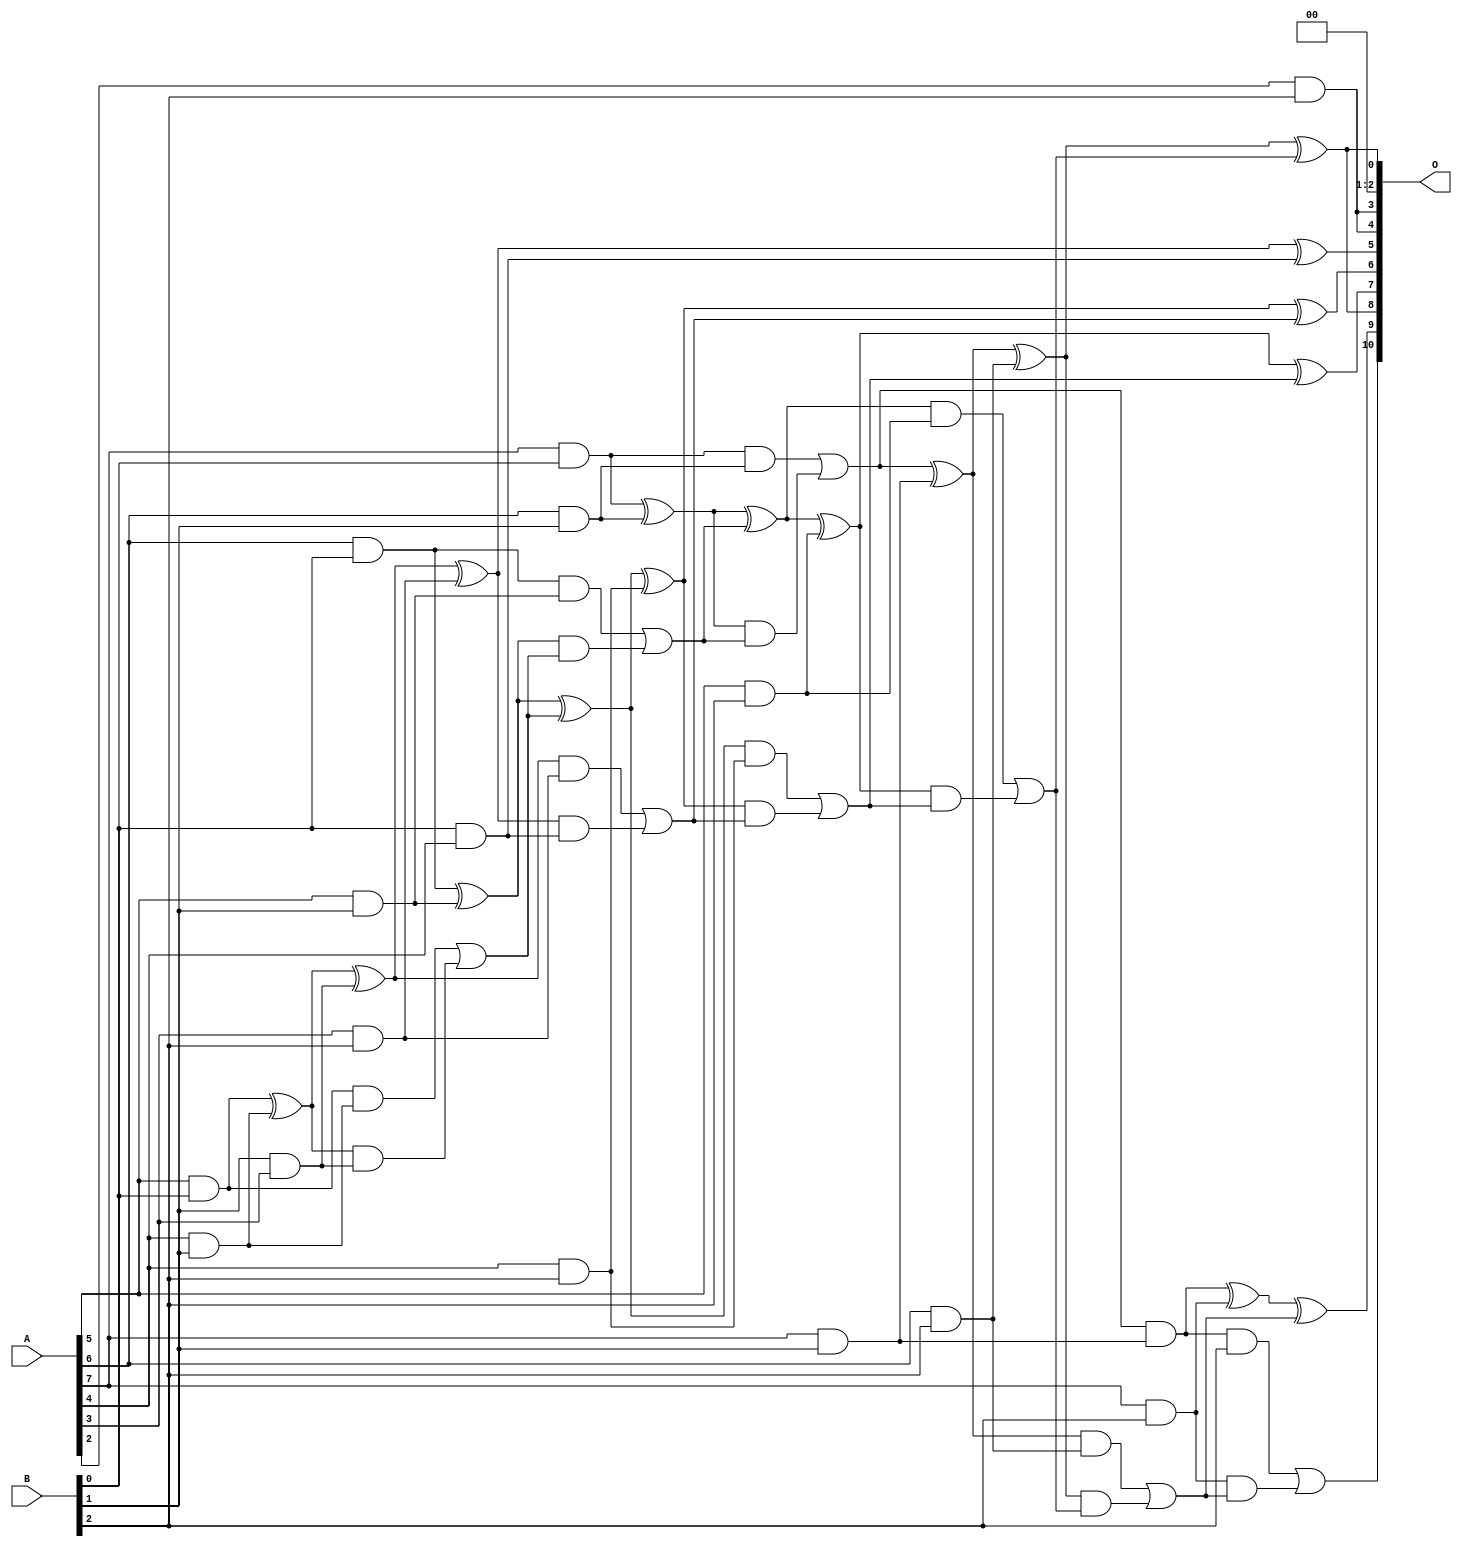
// This program was cloned from: https://github.com/ehw-fit/evoapproxlib
// License: MIT License

/***
* This code is a part of EvoApproxLib library (ehw.fit.vutbr.cz/approxlib) distributed under The MIT License.
* When used, please cite the following article(s): V. Mrazek, L. Sekanina, Z. Vasicek "Libraries of Approximate Circuits: Automated Design and Application in CNN Accelerators" IEEE Journal on Emerging and Selected Topics in Circuits and Systems, Vol 10, No 4, 2020 
* This file contains a circuit from a sub-set of pareto optimal circuits with respect to the pwr and mse parameters
***/
// MAE% = 0.35 %
// MAE = 7.2 
// WCE% = 1.22 %
// WCE = 25 
// WCRE% = 100.00 %
// EP% = 83.25 %
// MRE% = 6.40 %
// MSE = 90 
// PDK45_PWR = 0.048 mW
// PDK45_AREA = 120.1 um2
// PDK45_DELAY = 0.64 ns

module mul8x3u_1ZU (
    A,
    B,
    O
);

input [7:0] A;
input [2:0] B;
output [10:0] O;

wire sig_16,sig_17,sig_18,sig_23,sig_24,sig_25,sig_26,sig_38,sig_44,sig_45,sig_46,sig_47,sig_48,sig_49,sig_50,sig_51,sig_52,sig_53,sig_54,sig_55;
wire sig_56,sig_57,sig_58,sig_59,sig_60,sig_63,sig_64,sig_65,sig_66,sig_67,sig_68,sig_77,sig_81,sig_82,sig_83,sig_84,sig_85,sig_86,sig_87,sig_88;
wire sig_89,sig_90,sig_91,sig_92,sig_93,sig_94,sig_95,sig_96,sig_97,sig_98,sig_99,sig_100,sig_101,sig_102,sig_103,sig_104,sig_105;

assign sig_16 = A[5] & B[0];
assign sig_17 = A[6] & B[0];
assign sig_18 = A[7] & B[0];
assign sig_23 = A[4] & B[1];
assign sig_24 = A[5] & B[1];
assign sig_25 = A[6] & B[1];
assign sig_26 = A[7] & B[1];
assign sig_38 = B[1] & A[3];
assign sig_44 = sig_16 ^ sig_23;
assign sig_45 = sig_16 & sig_23;
assign sig_46 = sig_44 & sig_38;
assign sig_47 = sig_44 ^ sig_38;
assign sig_48 = sig_45 | sig_46;
assign sig_49 = sig_17 ^ sig_24;
assign sig_50 = sig_17 & sig_24;
assign sig_51 = sig_49 & sig_48;
assign sig_52 = sig_49 ^ sig_48;
assign sig_53 = sig_50 | sig_51;
assign sig_54 = sig_18 ^ sig_25;
assign sig_55 = sig_18 & sig_25;
assign sig_56 = sig_54 & sig_53;
assign sig_57 = sig_54 ^ sig_53;
assign sig_58 = sig_55 | sig_56;
assign sig_59 = sig_58 & sig_26;
assign sig_60 = sig_58 ^ sig_26;
assign sig_63 = A[2] & B[2];
assign sig_64 = A[3] & B[2];
assign sig_65 = A[4] & B[2];
assign sig_66 = A[5] & B[2];
assign sig_67 = A[6] & B[2];
assign sig_68 = A[7] & B[2];
assign sig_77 = B[0] & A[4];
assign sig_81 = sig_47 ^ sig_64;
assign sig_82 = sig_47 & sig_64;
assign sig_83 = sig_81 & sig_77;
assign sig_84 = sig_81 ^ sig_77;
assign sig_85 = sig_82 | sig_83;
assign sig_86 = sig_52 ^ sig_65;
assign sig_87 = sig_52 & sig_65;
assign sig_88 = sig_86 & sig_85;
assign sig_89 = sig_86 ^ sig_85;
assign sig_90 = sig_87 | sig_88;
assign sig_91 = sig_57 ^ sig_66;
assign sig_92 = sig_57 & sig_66;
assign sig_93 = sig_91 & sig_90;
assign sig_94 = sig_91 ^ sig_90;
assign sig_95 = sig_92 | sig_93;
assign sig_96 = sig_60 ^ sig_67;
assign sig_97 = sig_60 & sig_67;
assign sig_98 = sig_96 & sig_95;
assign sig_99 = sig_96 ^ sig_95;
assign sig_100 = sig_97 | sig_98;
assign sig_101 = sig_59 ^ sig_68;
assign sig_102 = sig_59 & B[2];
assign sig_103 = sig_68 & sig_100;
assign sig_104 = sig_101 ^ sig_100;
assign sig_105 = sig_102 | sig_103;

assign O[10] = sig_105;
assign O[9] = sig_104;
assign O[8] = sig_99;
assign O[7] = sig_94;
assign O[6] = sig_89;
assign O[5] = sig_84;
assign O[4] = sig_63;
assign O[3] = sig_63;
assign O[2] = 1'b0;
assign O[1] = 1'b0;
assign O[0] = sig_99;

endmodule